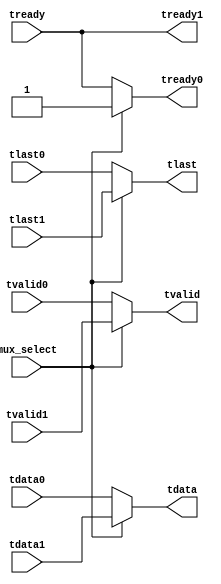
//------------------------------------------------------------------------------
// -----------------------------------------------------------------------------
// (c) Copyright 2010 Xilinx, Inc. All rights reserved.
//
// This file contains confidential and proprietary information
// of Xilinx, Inc. and is protected under U.S. and
// international copyright and other intellectual property
// laws.
//
// DISCLAIMER
// This disclaimer is not a license and does not grant any
// rights to the materials distributed herewith. Except as
// otherwise provided in a valid license issued to you by
// Xilinx, and to the maximum extent permitted by applicable
// law: (1) THESE MATERIALS ARE MADE AVAILABLE "AS IS" AND
// WITH ALL FAULTS, AND XILINX HEREBY DISCLAIMS ALL WARRANTIES
// AND CONDITIONS, EXPRESS, IMPLIED, OR STATUTORY, INCLUDING
// BUT NOT LIMITED TO WARRANTIES OF MERCHANTABILITY, NON-
// INFRINGEMENT, OR FITNESS FOR ANY PARTICULAR PURPOSE; and
// (2) Xilinx shall not be liable (whether in contract or tort,
// including negligence, or under any other theory of
// liability) for any loss or damage of any kind or nature
// related to, arising under or in connection with these
// materials, including for any direct, or any indirect,
// special, incidental, or consequential loss or damage
// (including loss of data, profits, goodwill, or any type of
// loss or damage suffered as a result of any action brought
// by a third party) even if such damage or loss was
// reasonably foreseeable or Xilinx had been advised of the
// possibility of the same.
//
// CRITICAL APPLICATIONS
// Xilinx products are not designed or intended to be fail-
// safe, or for use in any application requiring fail-safe
// performance, such as life-support or safety devices or
// systems, Class III medical devices, nuclear facilities,
// applications related to the deployment of airbags, or any
// other applications that could lead to death, personal
// injury, or severe property or environmental damage
// (individually and collectively, "Critical
// Applications"). Customer assumes the sole risk and
// liability of any use of Xilinx products in Critical
// Applications, subject only to applicable laws and
// regulations governing limitations on product liability.
//
// THIS COPYRIGHT NOTICE AND DISCLAIMER MUST BE RETAINED AS
// PART OF THIS FILE AT ALL TIMES.
// -----------------------------------------------------------------------------
// Description:  A simple AXI-Streaming MUX
//
//------------------------------------------------------------------------------

`timescale 1 ps/1 ps

module ethernet_rgmii_axi_mux (
   input                   mux_select,

   // mux inputs
   input       [7:0]       tdata0,
   input                   tvalid0,
   input                   tlast0,
   output reg              tready0,

   input       [7:0]       tdata1,
   input                   tvalid1,
   input                   tlast1,
   output reg              tready1,

   // mux outputs
   output reg  [7:0]       tdata,
   output reg              tvalid,
   output reg              tlast,
   input                   tready
);

always @(mux_select or tdata0 or tvalid0 or tlast0 or tdata1 or
         tvalid1 or tlast1)
begin
   if (mux_select) begin
      tdata    = tdata1;
      tvalid   = tvalid1;
      tlast    = tlast1;
   end
   else begin
      tdata    = tdata0;
      tvalid   = tvalid0;
      tlast    = tlast0;
   end
end

always @(mux_select or tready)
begin
   if (mux_select) begin
      tready0     = 1'b1;
   end
   else begin
      tready0     = tready;
   end
   tready1     = tready;
end

endmodule